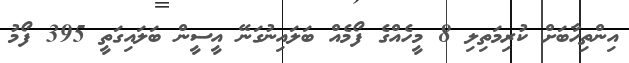
އިންތިހާބަށް ކުރިމަތިލި 8 މީހެއްގެ ފޯމެއް ބަލައިނުގަނޭ އީސީން ބަލައިގަތީ 395 ފޯމު